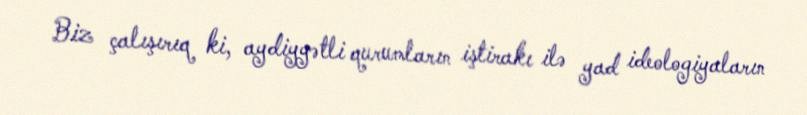
Biz çalışırıq ki, aydiyyətli qurumların iştirakı ilə yad ideologiyaların